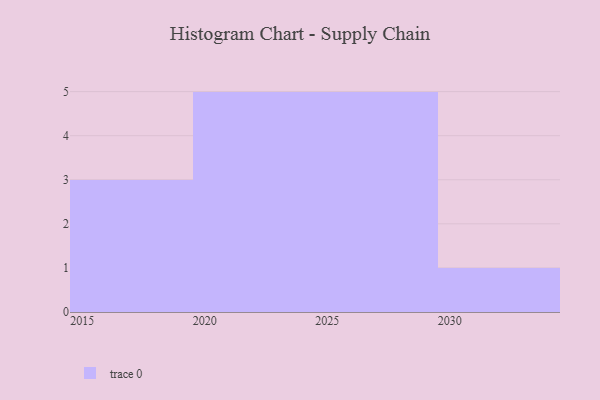
{"axis": {"x": "Year", "y": "Active Users"}, "legend": [""], "data": [{"x": "2028", "y": 34, "type": ""}, {"x": "2027", "y": 58, "type": ""}, {"x": "2022", "y": 49, "type": ""}, {"x": "2029", "y": 100, "type": ""}, {"x": "2026", "y": 12, "type": ""}, {"x": "2023", "y": 15, "type": ""}, {"x": "2019", "y": 53, "type": ""}, {"x": "2015", "y": 84, "type": ""}, {"x": "2020", "y": 77, "type": ""}, {"x": "2021", "y": 87, "type": ""}, {"x": "2024", "y": 35, "type": ""}, {"x": "2030", "y": 11, "type": ""}, {"x": "2025", "y": 11, "type": ""}, {"x": "2016", "y": 54, "type": ""}]}